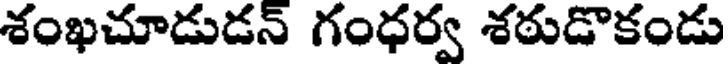
శంఖచూడుడన్ గంధర్వ శఠుడొకండు